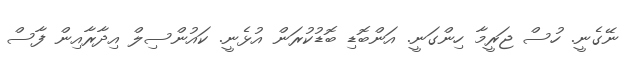
ނޭގެނީ. ހުސް ޖަރީމާ ހިންގަނީ. އަންބޮޑި ބޮޑުކުރަން އުޅެނީ. ކައުންސިލް އިދާރާއިން ފާސް